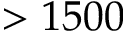
> 1 5 0 0